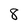
Character: 8